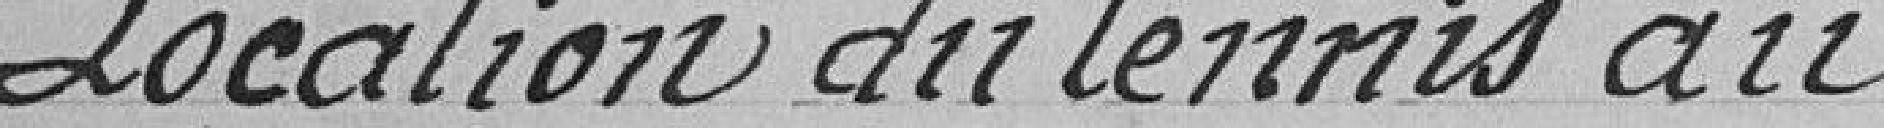
Location du tennis au